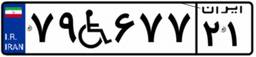
۷۹W۶۷۷۲۱